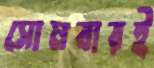
সোমবারই